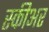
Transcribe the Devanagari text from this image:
स्कीअर